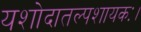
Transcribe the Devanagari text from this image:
यशोदातल्पशायकः।